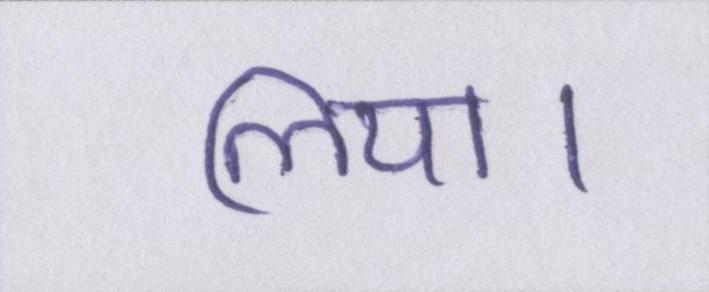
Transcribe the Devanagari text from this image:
लिया।